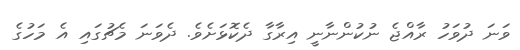
ވަނަ ދުވަހު ރާއްޖެ ނުކުންނާނީ އިރާގާ ދެކޮޅަށެވެ. ދެވަނަ މެޗުގައި އެ މަހުގެ